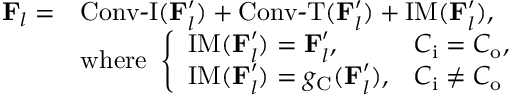
\begin{array} { r l } { \mathbf { F } _ { l } = } & { \operatorname { C o n v - I } ( \mathbf { F } _ { l } ^ { \prime } ) + \operatorname { C o n v - T } ( \mathbf { F } _ { l } ^ { \prime } ) + \operatorname { I M } ( \mathbf { F } _ { l } ^ { \prime } ) , } \\ & { \mathrm { w h e r e } \ \left\{ \begin{array} { l l } { \operatorname { I M } ( \mathbf { F } _ { l } ^ { \prime } ) = \mathbf { F } _ { l } ^ { \prime } , } & { C _ { \mathrm { i } } = C _ { \mathrm { o } } , } \\ { \operatorname { I M } ( \mathbf { F } _ { l } ^ { \prime } ) = g _ { \mathrm { C } } ( \mathbf { F } _ { l } ^ { \prime } ) , } & { C _ { \mathrm { i } } \neq C _ { \mathrm { o } } } \end{array} \right. } \end{array}